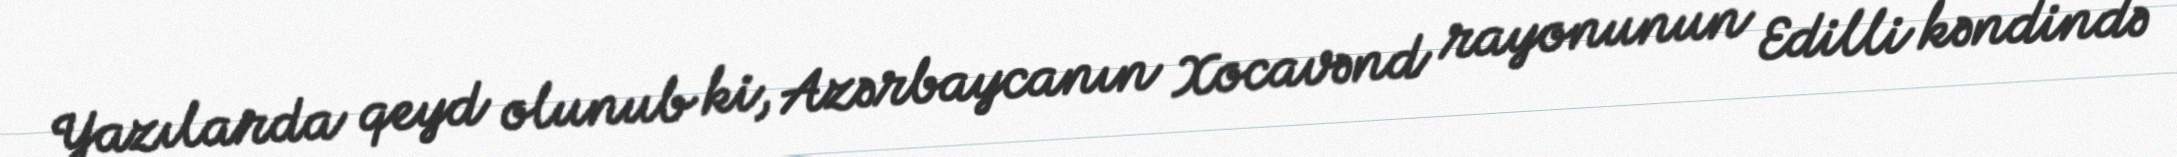
Yazılarda qeyd olunub ki, Azərbaycanın Xocavənd rayonunun Edilli kəndində